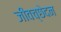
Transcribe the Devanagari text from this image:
जीवच्छेदन